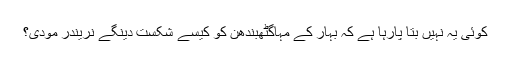
کوئی یہ نہیں بتا پارہا ہے کہ بہار کے مہاگٹھبندھن کو کیسے شکست دینگے نریندر مودی؟